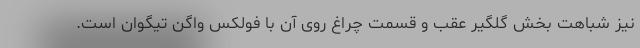
نیز شباهت بخش گلگیر عقب و قسمت چراغ روی آن با فولکس واگن تیگوان است.